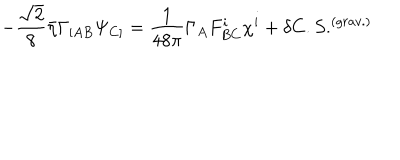
LaTeX: - { \frac { \sqrt 2 } { 8 } } \bar { \eta } \Gamma _ { [ A B } \Psi _ { C ] } = \frac { 1 } { 4 8 \pi } \Gamma _ { A } F _ { B C } ^ { i } \chi ^ { i } + \delta C . S . ^ { ( g r a v . ) }